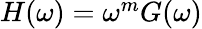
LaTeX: \begin{array}{r}{\begin{array}{r}{H(\omega)=\omega^{m}G(\omega)}\end{array}}\end{array}